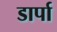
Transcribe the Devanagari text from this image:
डार्पा